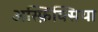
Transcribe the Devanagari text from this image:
अस्फ़िक्सिया